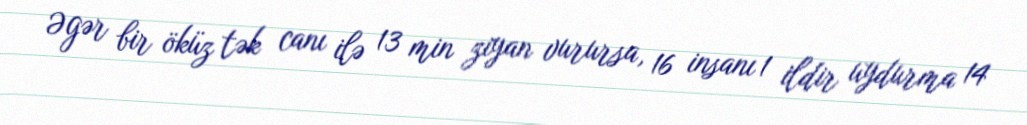
Əgər bir öküz tək canı ilə 13 min ziyan vurursa, 16 insanı 1 ildir uydurma 14